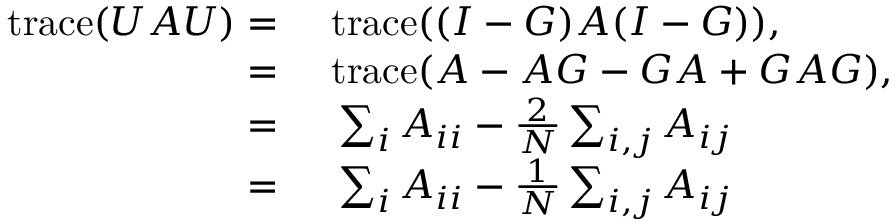
\begin{array} { r l } { \mathrm { t r a c e } ( U A U ) = } & { { } \ \mathrm { t r a c e } ( ( I - G ) A ( I - G ) ) , } \\ { = } & { { } \ \mathrm { t r a c e } ( A - A G - G A + G A G ) , } \\ { = } & { { } \ \sum _ { i } { A _ { i i } } - \frac { 2 } { N } \sum _ { i , j } { A _ { i j } } } \\ { = } & { { } \ \sum _ { i } { A _ { i i } } - \frac { 1 } { N } \sum _ { i , j } { A _ { i j } } } \end{array}